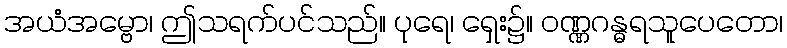
အယံအမ္ဗော၊ ဤသရက်ပင်သည်။ ပုရေ၊ ရှေး၌။ ဝဏ္ဏဂန္ဓရသူပေတော၊